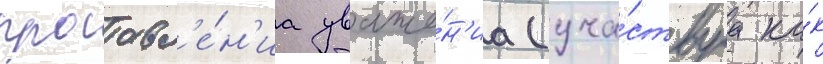
проавл'е́н'иа уваже́н'иа (уча́ствуа ка́к